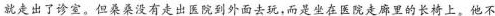
就走出了诊室。但桑桑没有走出医院到外面去玩，而是坐在医院走廊里的长椅上。他不